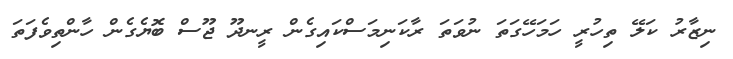
ނިޒާރު ކަލޭ ތިހުރީ ހަމަހޭގަތަ ނުވަތަ ރާކަނިމަސްކައިގެން ރީނދޫ ޖޫސް ބޮޔެގެން ހާންތިވެފަތަ